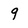
Character: q